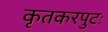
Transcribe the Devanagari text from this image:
कृतकरपुटः